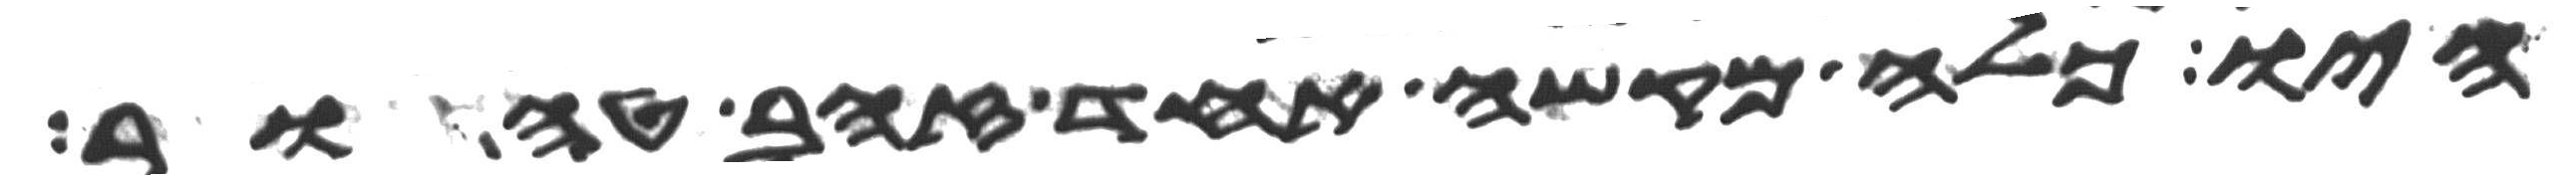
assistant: היו כלה מקשה אחד זהב טהור